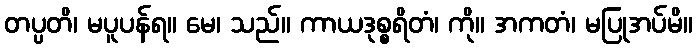
တပ္ပတိ၊ မပူပန်ရ။ မေ၊ သည်။ ကာယဒုစ္စရိတံ၊ ကို။ အကတံ၊ မပြုအပ်မိ။